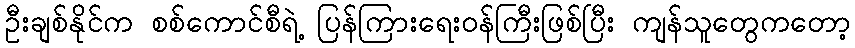
ဦးချစ်နိုင်က စစ်ကောင်စီရဲ့ ပြန်ကြားရေးဝန်ကြီးဖြစ်ပြီး ကျန်သူတွေကတော့